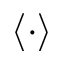
\left< \cdot \right>